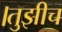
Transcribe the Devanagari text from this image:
।तुझीच